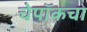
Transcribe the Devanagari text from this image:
चेपॉकचा